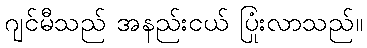
ဂျင်မီသည် အနည်းငယ် ပြုံးလာသည်။